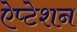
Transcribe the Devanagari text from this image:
ऐप्टेशन